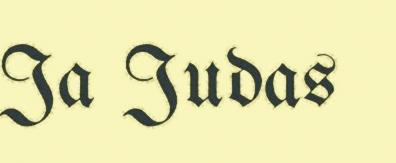
Ja Judas